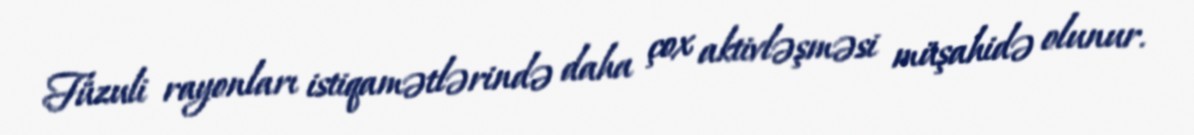
Füzuli rayonları istiqamətlərində daha çox aktivləşməsi müşahidə olunur.